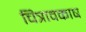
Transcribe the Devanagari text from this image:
चित्रावकाष